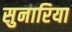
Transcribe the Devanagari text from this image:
सुनारिया